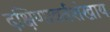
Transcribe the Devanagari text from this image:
दक्षिणावर्तशंखाय